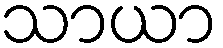
သာယာ